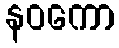
နဝကော